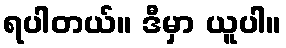
ရပါတယ်။ ဒီမှာ ယူပါ။